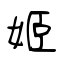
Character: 姬